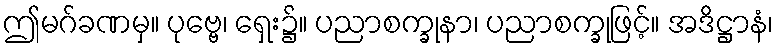
ဤမဂ်ခဏမှ။ ပုဗ္ဗေ၊ ရှေး၌။ ပညာစက္ခုနာ၊ ပညာစက္ခုဖြင့်။ အဒိဋ္ဌာနံ၊